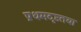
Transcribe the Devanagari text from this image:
प्रथमदृष्टतया